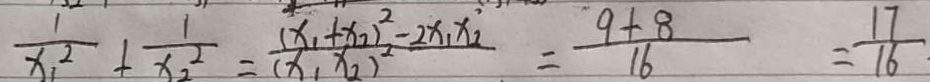
\frac { 1 } { x _ { 1 } ^ { 2 } } + \frac { 1 } { x _ { 2 } ^ { 2 } } = \frac { ( x _ { 1 } + x _ { 2 } ) ^ { 2 } - 2 x _ { 1 } x _ { 2 } } { ( x _ { 1 } x _ { 2 } ) ^ { 2 } } = \frac { 9 + 8 } { 1 6 } = \frac { 1 7 } { 1 6 } .